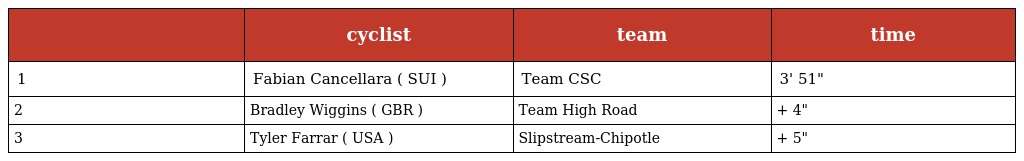
|  | cyclist | team | time |
 | --- | --- | --- | --- |
 | 1 | Fabian Cancellara ( SUI ) | Team CSC | 3' 51" |
 | 2 | Bradley Wiggins ( GBR ) | Team High Road | + 4" |
 | 3 | Tyler Farrar ( USA ) | Slipstream-Chipotle | + 5" |